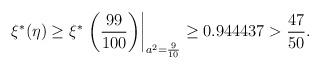
LaTeX: \begin{align*}\xi^* (\eta) \ge \xi^*\left.\left(\frac{99}{100}\right)\right|_{a^2 = \frac{9}{10}} \geq 0.944437 > \frac{47}{50}. \end{align*}